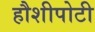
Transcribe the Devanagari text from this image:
हौशीपोटी